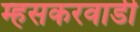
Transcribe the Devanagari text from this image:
म्हसकरवाडी